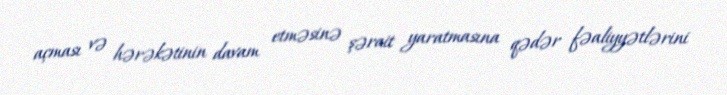
açması və hərəkətinin davam etməsinə şərait yaratmasına qədər fəaliyyətlərini